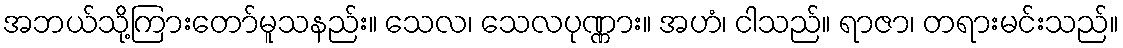
အဘယ်သို့ကြားတော်မူသနည်း။ သေလ၊ သေလပုဏ္ဏား။ အဟံ၊ ငါသည်။ ရာဇာ၊ တရားမင်းသည်။